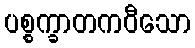
ပစ္စက္ခာတကဝီသော